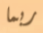
ربما